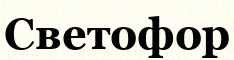
Светофор